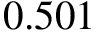
0 . 5 0 1